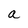
Character: a